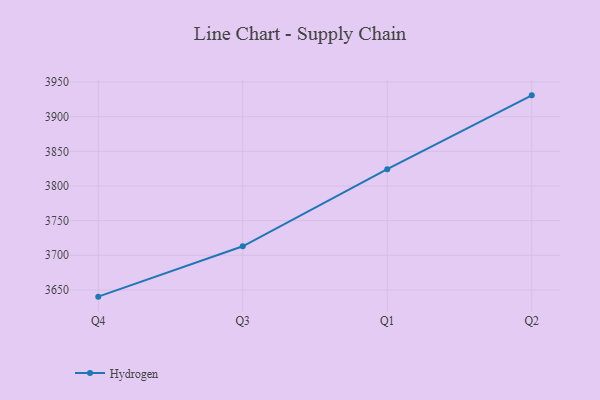
{"axis": {"x": "Quarter", "y": "Website Visitors"}, "legend": ["Hydrogen"], "data": [{"x": "Q4", "y": 3640.3, "type": "Hydrogen"}, {"x": "Q3", "y": 3713.0, "type": "Hydrogen"}, {"x": "Q1", "y": 3824.2, "type": "Hydrogen"}, {"x": "Q2", "y": 3930.8, "type": "Hydrogen"}]}